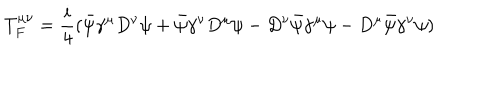
T _ { F } ^ { \mu \nu } = \frac { i } { 4 } ( \bar { \psi } \gamma ^ { \mu } D ^ { \nu } \psi + \bar { \psi } \gamma ^ { \nu } D ^ { \mu } \psi - D ^ { \nu } \bar { \psi } \gamma ^ { \mu } \psi - D ^ { \mu } \bar { \psi } \gamma ^ { \nu } \psi )